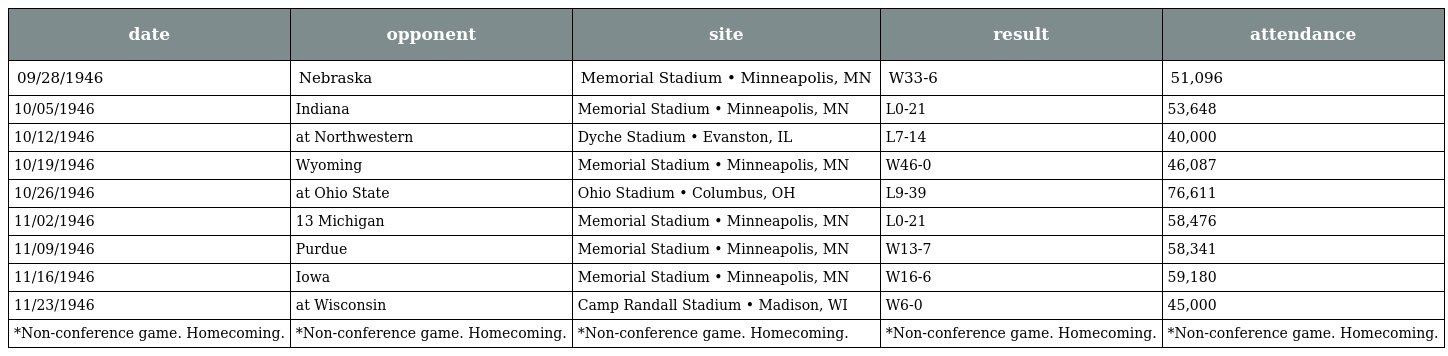
| date | opponent | site | result | attendance |
 | --- | --- | --- | --- | --- |
 | 09/28/1946 | Nebraska | Memorial Stadium • Minneapolis, MN | W33-6 | 51,096 |
 | 10/05/1946 | Indiana | Memorial Stadium • Minneapolis, MN | L0-21 | 53,648 |
 | 10/12/1946 | at Northwestern | Dyche Stadium • Evanston, IL | L7-14 | 40,000 |
 | 10/19/1946 | Wyoming | Memorial Stadium • Minneapolis, MN | W46-0 | 46,087 |
 | 10/26/1946 | at Ohio State | Ohio Stadium • Columbus, OH | L9-39 | 76,611 |
 | 11/02/1946 | 13 Michigan | Memorial Stadium • Minneapolis, MN | L0-21 | 58,476 |
 | 11/09/1946 | Purdue | Memorial Stadium • Minneapolis, MN | W13-7 | 58,341 |
 | 11/16/1946 | Iowa | Memorial Stadium • Minneapolis, MN | W16-6 | 59,180 |
 | 11/23/1946 | at Wisconsin | Camp Randall Stadium • Madison, WI | W6-0 | 45,000 |
 | *Non-conference game. Homecoming. | *Non-conference game. Homecoming. | *Non-conference game. Homecoming. | *Non-conference game. Homecoming. | *Non-conference game. Homecoming. |